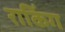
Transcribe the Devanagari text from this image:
राकिंग